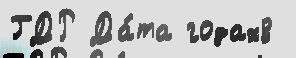
ГДР Да́та годах8